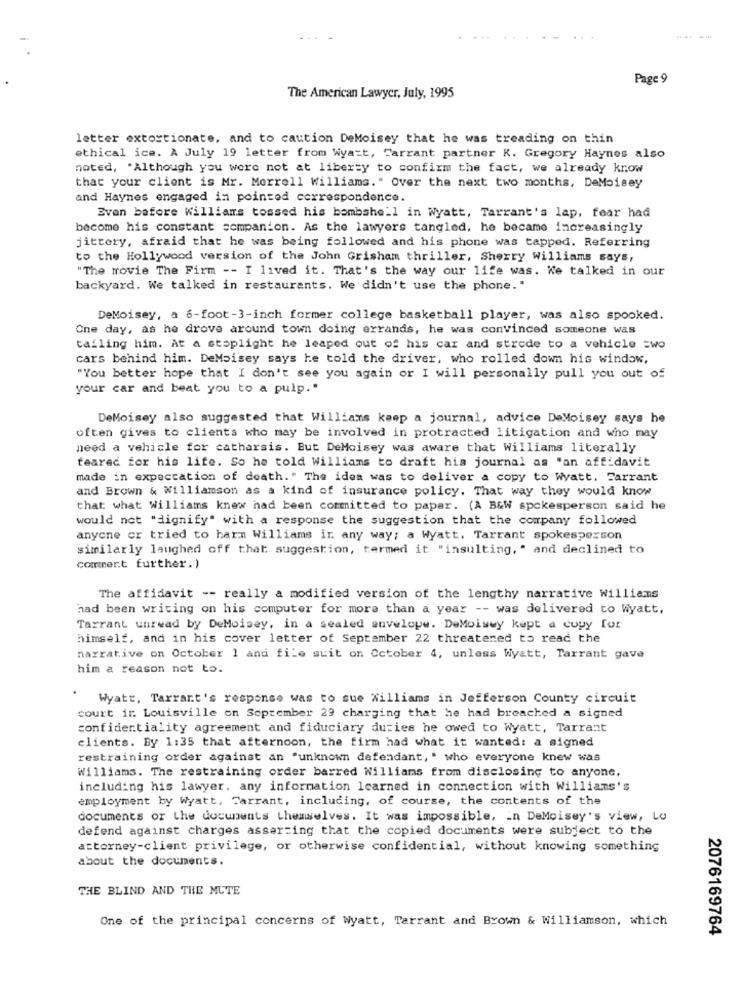
----
Page 9
The American Lawyer, July, 1995
letter extortionate, and to caution DeMoisey that he was treading on thin
ethical ice. A July 19 letter from Wyatt, Tarrant partner K. Gregory Haynes also
noted, . Although you were not at liberty to confirm the fact, we already know
that your client is Mr. Morrell Williams." Over the next two months, DeMoisey
and Haynes engaged in pointed correspondence.
Even before Williams tossed his bombshell in Wyatt, Tarrant's lap, fear had
become his constant companion. As the lawyers tangled, he became increasingly
jittery, afraid that he was being followed and his phone was tapped. Referring
to the Hollywood version of the John Grisham thriller, Sherry Williams says,
"The movie The Firm -- I lived it. That's the way our life was. We talked in our
backyard. We talked in restaurants. We didn't use the phone."
DeMoisey, a 6-foot-3-inch former college basketball player, was also spooked.
One day, as he drove around town doing errands, he was convinced someone was
tailing him. At a stoplight he leaped out of his car and strode to a vehicle =wo
cars behind him. DeMaisey says he told the driver, who rolled down his window.
"You better hope that I don't see you again or I will personally pull you out of
your car and beat you to a pulp."
DeMoisey also suggested that Williams keep a journal, advice DeMoisey says he
often gives to clients who may be involved in protracted litigation and who may
need a vehicle for catharsis. But DeMoisey was aware that Williams literally
feared for his life. So he told Williams to draft his journal as "an affidavit
made in expectation of death." The idea was to deliver a copy to Watt. Farrant
and Brown & Williamson as a kind of insurance policy. That way they would know
that what Williams knew had been committed to paper. (A B&W spokesperson said he
would not "dignify" with a response the suggestion that the company followed
anyone cr tried to harm Williams ir any way; a Wyatt. Tarrant spokesperson
similarly laughed off that suggestion, termed it "insulting," and declined to
comment further.)
The affidavit -- really a modified version of the lengthy narrative Williams
had been writing on his computer for more than a year -- was delivered to Wyatt,
Tarrant unrwad by DeMoisey, in a sealed envelope. DeMoiswy kept a copy for
himself, and in his cover letter of September 22 threatened to read the
narrative on October 1 and file suit on October 4, unless Wyatt, Tarrant gave
him a reason not to.
Wyatt, Tarrant's response was to sue Williams in Jefferson County circuit
court ir. Louisville on September 29 charging that he had breached a signed
confidentiality agreement and fiduciary duties he owed to Wyatt, Tarrant
clients. By 1:35 that afternoon, the firm had what it wanted: a signed
restraining order against an "unknown defendant, " who everyone knew was
Williams. The restraining order barred Williams from disclosing to anyone,
including his lawyer. any information learned in connection with Williams's
employment by Wyatt, Tarrant, including, of course, the contents of the
documents or the documents themselves. It was impossible, in DeMoisey's view, LO
defend against charges asserting that the copied documents were subject to the
attorney-client privilege, or otherwise confidential, without knowing something
about the documents.
THE BLIND AND THE MUTE
One of the principal concerns of Wyatt, Tarrant and Brown & Williamson, which
2076169764